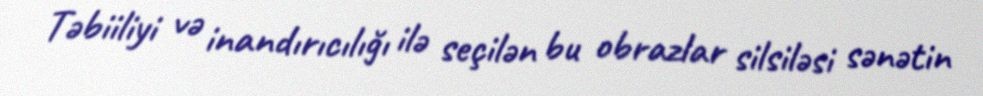
Təbiiliyi və inandırıcılığı ilə seçilən bu obrazlar silsiləsi sənətin